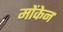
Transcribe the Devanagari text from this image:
मोंकेन